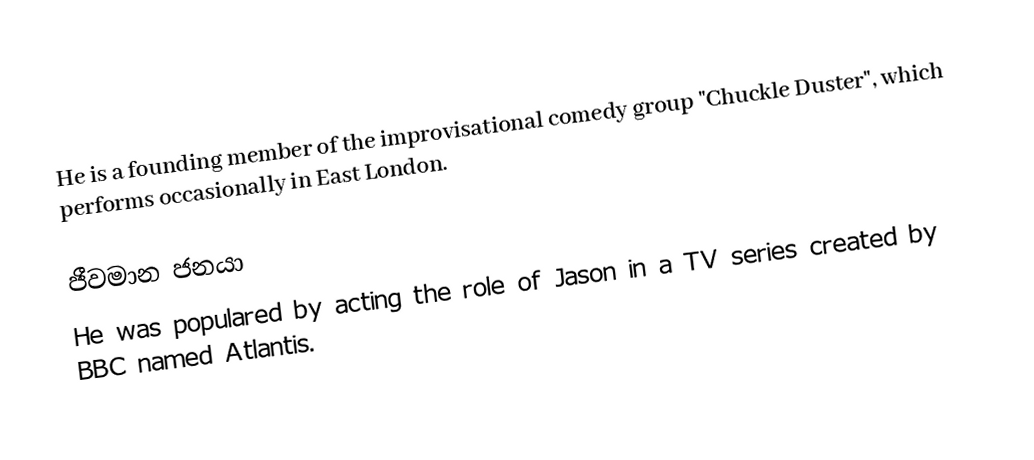
He is a founding member of the improvisational comedy group "Chuckle Duster", which performs occasionally in East London.

ජීවමාන ජනයා
He was populared by acting the role of Jason in a TV series created by BBC named Atlantis.